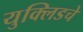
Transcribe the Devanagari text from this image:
युक्लिडचे